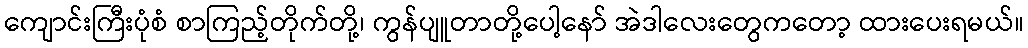
ကျောင်းကြီးပုံစံ စာကြည့်တိုက်တို့၊ ကွန်ပျူတာတို့ပေါ့နော် အဲဒါလေးတွေကတော့ ထားပေးရမယ်။